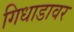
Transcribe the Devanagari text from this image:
गिधाडावर